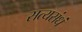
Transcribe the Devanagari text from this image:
सत्यसंधं